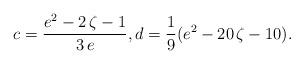
LaTeX: \begin{align*}c = \frac{e^2-2\,\zeta-1}{3\,e}, d = \frac 19 (e^2-20 \, \zeta - 10).\end{align*}